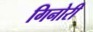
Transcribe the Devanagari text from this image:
गिनोरी